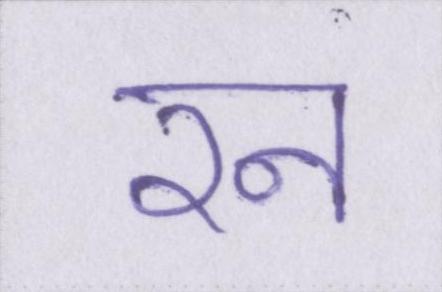
रन